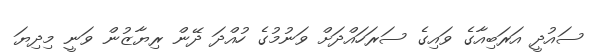
ސައުދީ އަރަބިއާގެ ވައިގެ ސަރަހައްދަށް ވަނުމުގެ ހުއްދަ ދޭން ރިޔާޒުން ވަނީ މިދިޔަ